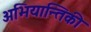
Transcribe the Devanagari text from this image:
अभियान्तिकी